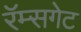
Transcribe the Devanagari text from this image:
रॅम्सगेट